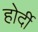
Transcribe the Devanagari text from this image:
होर्दी